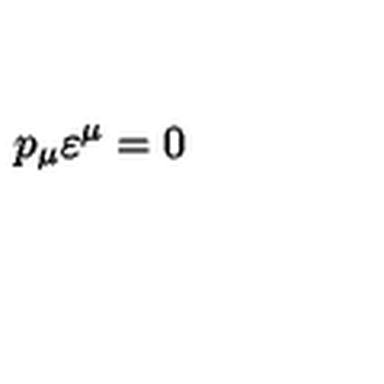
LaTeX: p _ { \mu } \varepsilon ^ { \mu } = 0